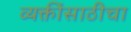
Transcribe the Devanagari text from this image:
व्यक्तींसाठीचा